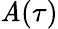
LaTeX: \mathit{A}(\tau)